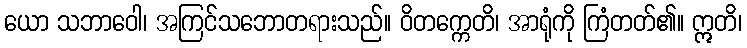
ယော သဘာဝေါ၊ အကြင်သဘောတရားသည်။ ဝိတက္ကေတိ၊ အာရုံကို ကြံတတ်၏။ ဣတိ၊